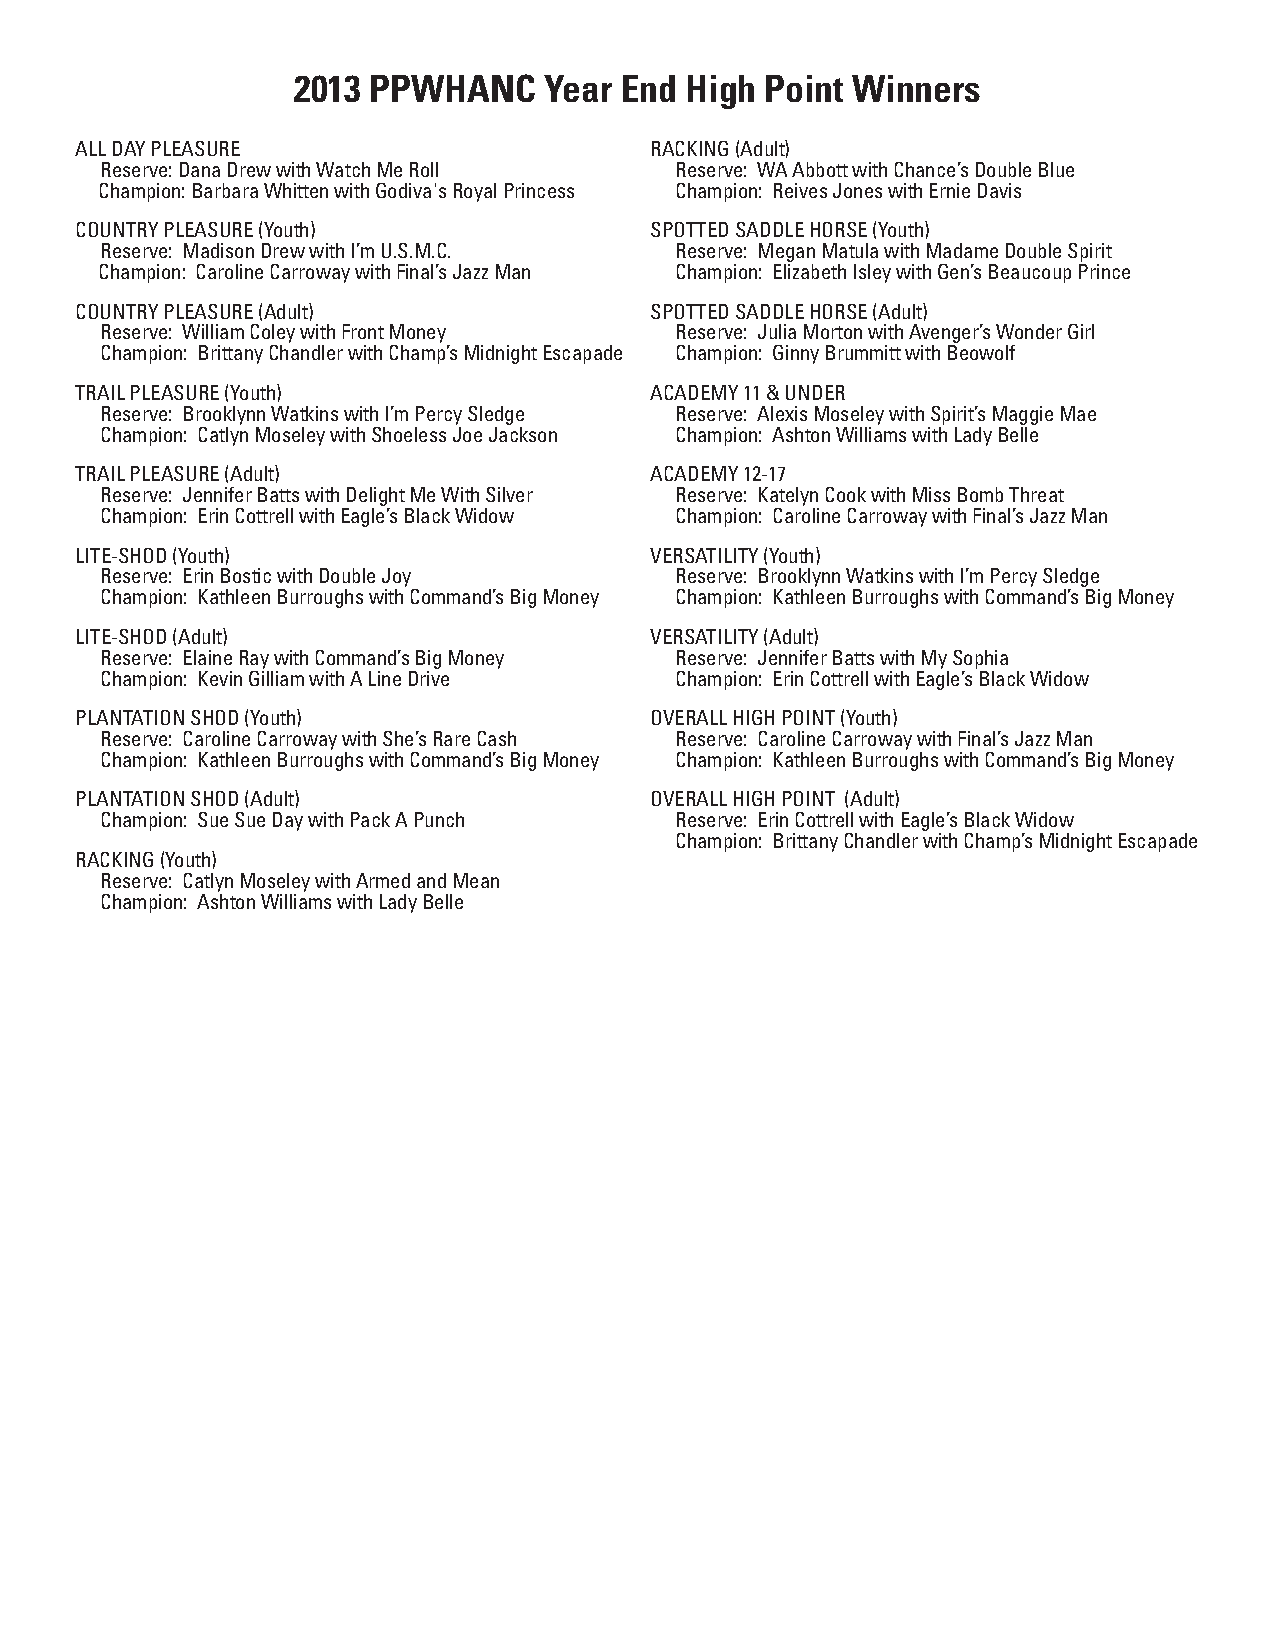
2013 PPWHANC     Year End High  Point Winners
 ALL DAY PLEASURE                      RACKING (Adult)
 Reserve: Dana Drew with Watch Me Roll Reserve: WA Abbott with Chance’s Double Blue
 Champion: Barbara Whitten with Godiva's Royal Princess Champion: Reives Jones with Ernie Davis
 COUNTRY PLEASURE (Youth)              SPOTTED SADDLE HORSE (Youth)
 Reserve: Madison Drew with I’m U.S.M.C. Reserve: Megan Matula with Madame Double Spirit
 Champion: Caroline Carroway with Final’s Jazz Man Champion: Elizabeth Isley with Gen’s Beaucoup Prince
 COUNTRY PLEASURE (Adult)              SPOTTED SADDLE HORSE (Adult)
 Reserve: William Coley with Front Money Reserve: Julia Morton with Avenger’s Wonder Girl
 Champion: Brittany Chandler with Champ’s Midnight Escapade Champion: Ginny Brummitt with Beowolf
 TRAIL PLEASURE (Youth)                ACADEMY 11 & UNDER
 Reserve: Brooklynn Watkins with I’m Percy Sledge Reserve: Alexis Moseley with Spirit’s Maggie Mae
 Champion: Catlyn Moseley with Shoeless Joe Jackson Champion: Ashton Williams with Lady Belle
 TRAIL PLEASURE (Adult)                ACADEMY 12-17
 Reserve: Jennifer Batts with Delight Me With Silver Reserve: Katelyn Cook with Miss Bomb Threat
 Champion: Erin Cottrell with Eagle’s Black Widow Champion: Caroline Carroway with Final’s Jazz Man
 LITE-SHOD (Youth)                     VERSATILITY (Youth)
 Reserve: Erin Bostic with Double Joy  Reserve: Brooklynn Watkins with I’m Percy Sledge
 Champion: Kathleen Burroughs with Command’s Big Money Champion: Kathleen Burroughs with Command’s Big Money
 LITE-SHOD (Adult)                     VERSATILITY (Adult)
 Reserve: Elaine Ray with Command’s Big Money Reserve: Jennifer Batts with My Sophia
 Champion: Kevin Gilliam with A Line Drive Champion: Erin Cottrell with Eagle’s Black Widow
 PLANTATION SHOD (Youth)               OVERALL HIGH POINT (Youth)
 Reserve: Caroline Carroway with She’s Rare Cash Reserve: Caroline Carroway with Final’s Jazz Man
 Champion: Kathleen Burroughs with Command’s Big Money Champion: Kathleen Burroughs with Command’s Big Money
 PLANTATION SHOD (Adult)               OVERALL HIGH POINT (Adult)
 Champion: Sue Sue Day with Pack A Punch Reserve: Erin Cottrell with Eagle’s Black Widow
 Champion: Brittany Chandler with Champ’s Midnight Escapade
 RACKING (Youth)
 Reserve: Catlyn Moseley with Armed and Mean
 Champion: Ashton Williams with Lady Belle